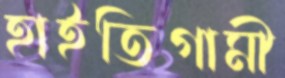
হাইতিগামী